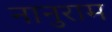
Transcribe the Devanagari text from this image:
नानुराम